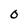
Character: 0